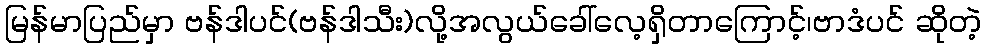
မြန်မာပြည်မှာ ဗန်ဒါပင်(ဗန်ဒါသီး)လို့အလွယ်ခေါ်လေ့ရှိတာကြောင့်၊ဗာဒံပင် ဆိုတဲ့